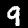
Digit: 9